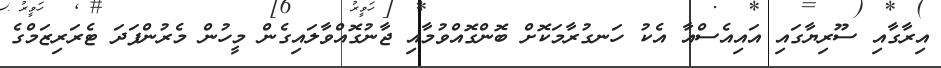
އިރާގާއި ސޫރިޔާގައި އައިއެސްއާ އެކު ހަނގުރާމަކޮށް ބޮންގޮއްވުމާއި ޖާނުގޮއްވާލައިގެން މީހުން މެރުންފަދަ ޓެރަރިޒަމްގެ